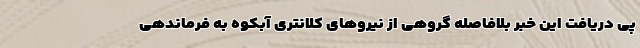
پی دریافت این خبر بلافاصله گروهی از نیرو‌های کلانتری آبکوه به فرماندهی